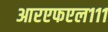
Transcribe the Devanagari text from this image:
आरएफएल१११